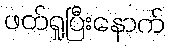
ဖတ်ရှုပြီးနောက်